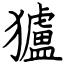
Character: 獹